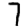
Digit: 7